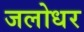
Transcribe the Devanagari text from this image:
जलोधर